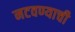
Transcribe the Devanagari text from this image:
नटवण्याची